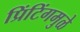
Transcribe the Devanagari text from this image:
प्रिंटिंगमुळे